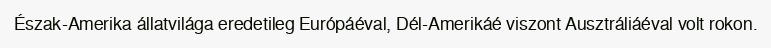
Észak-Amerika állatvilága eredetileg Európáéval, Dél-Amerikáé viszont Ausztráliáéval volt rokon.